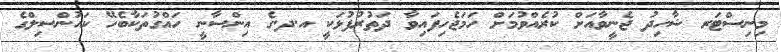
މިނިސްޓަރ ޝާހިދު ޖެނީވާއަށް ކުރެއްވުމަށް ހަމަޖެހިފައިވާ ދަތުރުފުޅަކީ އ.ދ.ގެ އިންސާނީ ހައްގުތަކާބެހޭ ކައުންސިލްގެ